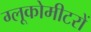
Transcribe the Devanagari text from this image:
ग्लूकोमीटरों